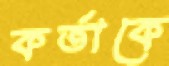
কর্তাকে